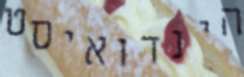
הינדואיסט